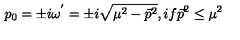
p _ { 0 } = \pm i { \omega } ^ { ' } = \pm i \sqrt { { \mu } ^ { 2 } - { \vec { p } } ^ { 2 } } , i f { \vec { p } } ^ { 2 } \leq { \mu } ^ { 2 }